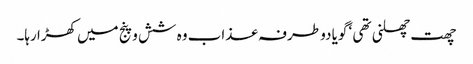
چھت چھلنی تھی ‘ گویا دو طرفہ عذاب وہ شش و پنج میں کھڑا رہا۔